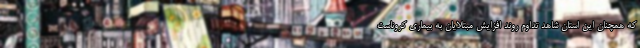
که همچنان این استان شاهد تداوم روند افزایش مبتلایان به بیماری کروناست